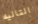
التاليه